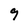
Character: g